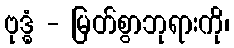
ဗုဒ္ဓံ - မြတ်စွာဘုရားကို၊